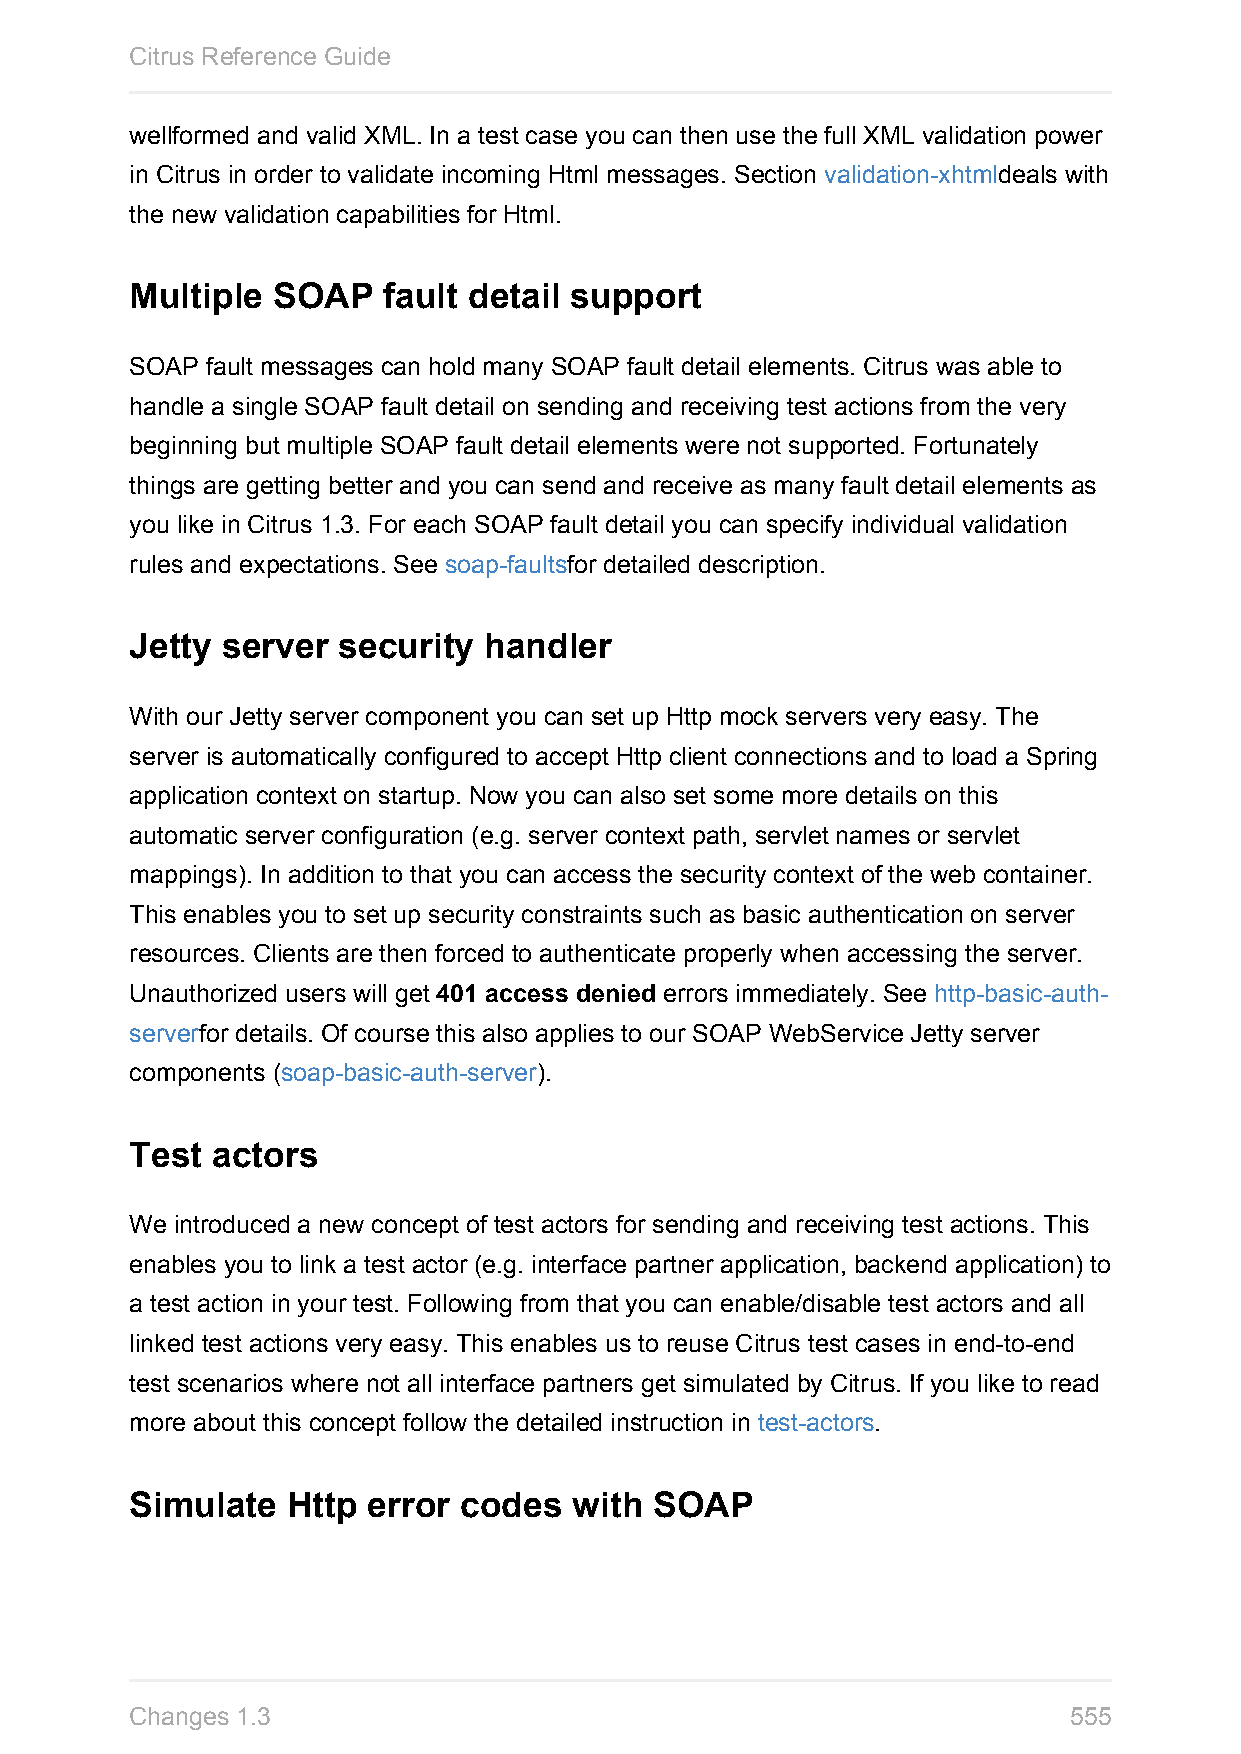
Citrus Reference Guide
 wellformed and valid XML. In a test case you can then use the full XML validation power
 in Citrus in order to validate incoming Html messages. Section validation-xhtmldeals with
 the new validation capabilities for Html.
 Multiple SOAP   fault detail support
 SOAP fault messages can hold many SOAP fault detail elements. Citrus was able to
 handle a single SOAP fault detail on sending and receiving test actions from the very
 beginning but multiple SOAP fault detail elements were not supported. Fortunately
 things are getting better and you can send and receive as many fault detail elements as
 you like in Citrus 1.3. For each SOAP fault detail you can specify individual validation
 rules and expectations. See soap-faultsfor detailed description.
 Jetty server security  handler
 With our Jetty server component you can set up Http mock servers very easy. The
 server is automatically configured to accept Http client connections and to load a Spring
 application context on startup. Now you can also set some more details on this
 automatic server configuration (e.g. server context path, servlet names or servlet
 mappings). In addition to that you can access the security context of the web container.
 This enables you to set up security constraints such as basic authentication on server
 resources. Clients are then forced to authenticate properly when accessing the server.
 Unauthorized users will get 401 access denied errors immediately. See http-basic-auth-
 serverfor details. Of course this also applies to our SOAP WebService Jetty server
 components (soap-basic-auth-server).
 Test actors
 We introduced a new concept of test actors for sending and receiving test actions. This
 enables you to link a test actor (e.g. interface partner application, backend application) to
 a test action in your test. Following from that you can enable/disable test actors and all
 linked test actions very easy. This enables us to reuse Citrus test cases in end-to-end
 test scenarios where not all interface partners get simulated by Citrus. If you like to read
 more about this concept follow the detailed instruction in test-actors.
 Simulate  Http error codes   with SOAP
 Changes 1.3                                                   555